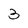
Character: 3